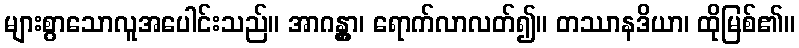
များစွာသောလူအပေါင်းသည်။ အာဂန္တွာ၊ ရောက်လာလတ်၍။ တဿာနဒိယာ၊ ထိုမြစ်၏။